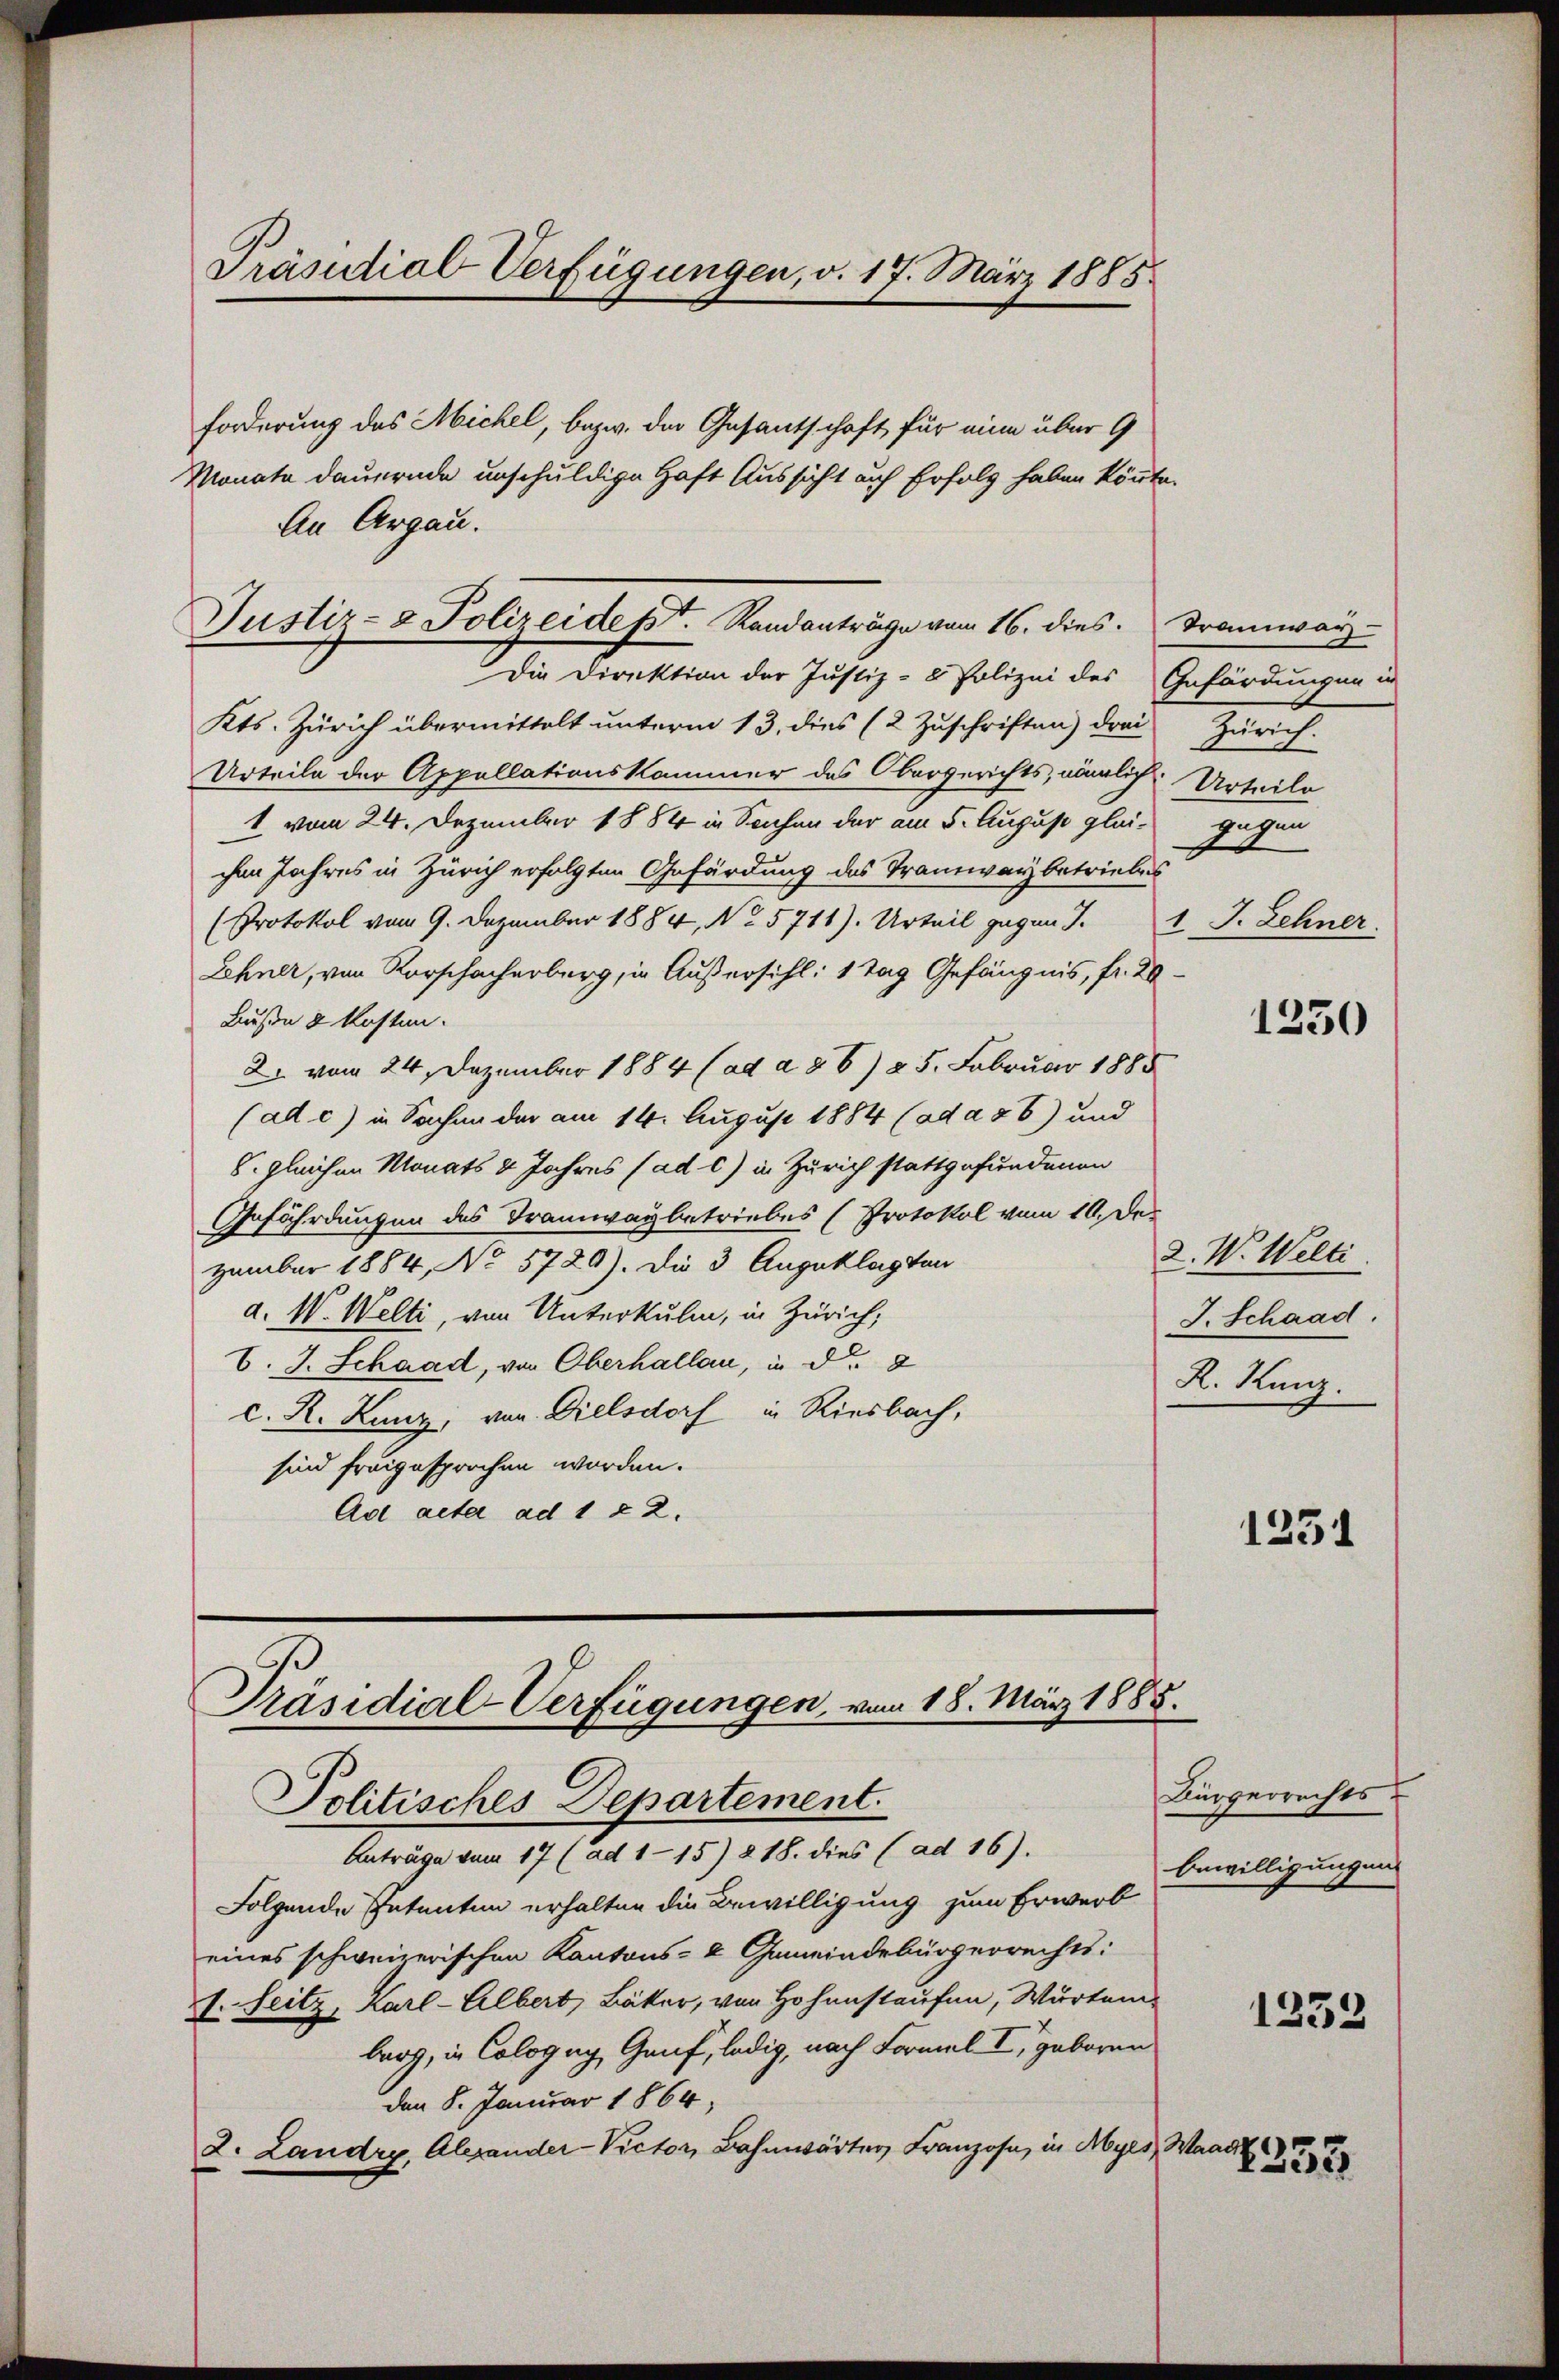
Präsidial-Verfügungen, v. 17. März 1885

forderung des Michel, bezw. die Gesantschaft für eine über 9
Monate dauernde unschuldige Haft Aussicht auf Erfolg haben könnte.
An Argau.
Die Direktion der Justiz- & Polizei des Gefändungen in
Kts. Zürich übermittelt unterm 13. dies (2 Zuschriften) drei
Urteile der Appellationskammer des Obergerichts, nämlich Urteile
1 vom 24. Dezember 1884 in Sachen der am 5. August glei gegen
chen Jahres in Zürich erfolgten Gefärdung des Tramway betriebes
(Protokol vom 9. Dezember 1884, No 5711). Urteil gegen J. J. Zehner
Lehner, von Rorschacherberg, in Außersihl: 1 Tag Gefängnis, fr. 20.
Bußen & Kosten.
2. vom 24. Dezember 1884 (ad a 86) 25. Februar 1885
(ad c) in Sachen der am 14. August 1884 (ad a 5 6) und
8. gleichen Monats 2 Jahres (ad c) in Zürich stattgefundenen
Gefährdungen des Tramwaybetriebes (Protokol vom 10. Dezember 1884, No 5729). Die 3 Auguklagten
d. W. Welti, von Unterkulin, in Zürich,
C. J. Schaad, von Oberhallan, in d. 2
C. R. Kunz, von Dielsdorf in Riesbach,
sind freigesprochen worden.
Ad acta ad 1 22.

Justiz- & Polizeidept. Randanträge vom 16. dies. Tramway-

Präsidial-Verfügungen, vom 18. März 1885.
Politisches Departement.
Anträge vom 17 (ad 115) 218. dies (ad 16).

Folgende Petenten erhalten die Bewilligung zum Erwerb
eines schweizerischen Kantons- & Gemeindebürgerrechts:
I. Seitz, Karl-Albert, Bäker, von Hohenstaufen, Wurtemberg, in Cologug, Graf, ledig, nach Formal I, geboren
den 8. Januar 1864,
2. Landry, Alexander-Victor, Bahnwärter Franzose, in Myes

Zürich.

2. W. Welti.
J. Schaad.
R. Kunz.

Bürgerrechts-
bewilligungen

Mad. 255

1250

1251

1333